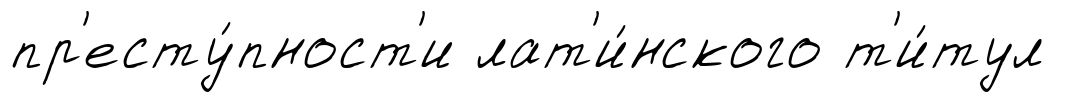
пр'есту́пност'и лат'и́нского т'и́тул